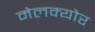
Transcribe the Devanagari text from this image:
मेलक्योर